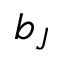
b _ { J }